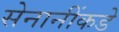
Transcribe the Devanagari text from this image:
सेनानींकडे